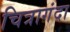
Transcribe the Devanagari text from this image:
चित्रागंदा